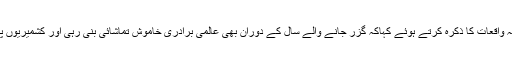
علی رضاسیدنے حالیہ واقعات کا ذکرہ کرتے ہوئے کہاکہ گزر جانے والے سال کے دوران بھی عالمی برادری خاموش تماشائی بنی رہی اور کشمیریوں پر مظالم جاری رہے۔